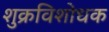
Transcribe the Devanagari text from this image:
शुक्रविशोधक